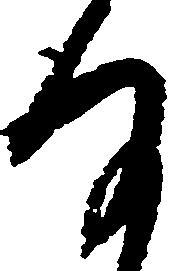
存